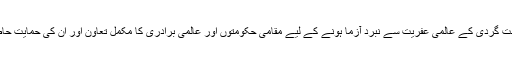
ہميں دہشت گردی کے عالمی عفريت سے نبرد آزما ہونے کے ليے مقامی حکومتوں اور عالمی برادری کا مکمل تعاون اور ان کی حمايت حاصل ہے۔